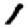
Digit: 1